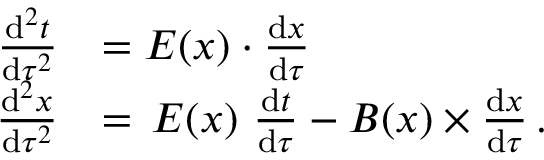
\begin{array} { r l } { \frac { \mathrm { d } ^ { 2 } t } { \mathrm { d } \tau ^ { 2 } } } & { = E ( x ) \cdot \frac { \mathrm { d } { x } } { \mathrm { d } \tau } } \\ { \frac { \mathrm { d } ^ { 2 } x } { \mathrm { d } \tau ^ { 2 } } } & { = \, E ( x ) \ \frac { \mathrm { d } t } { \mathrm { d } \tau } - B ( x ) \times \frac { \mathrm { d } { x } } { \mathrm { d } \tau } \, . } \end{array}